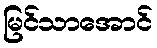
မြင်သာအောင်